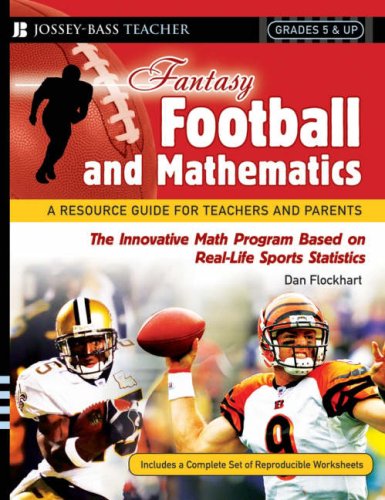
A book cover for Fantasy Football and Mathematics: A Resource Guide for Teachers and Parents, Grades 5 and Up; Dan Flockhart; Humor & Entertainment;